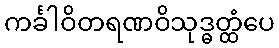
ကင်္ခါဝိတရဏဝိသုဒ္ဓတ္ထံပေ